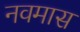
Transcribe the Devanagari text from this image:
नवमास